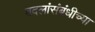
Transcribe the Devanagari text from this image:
बदलांसंबंधीच्या